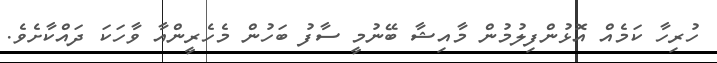
ހުރިހާ ކަމެއް އޮޅުންފިލުމުން މާއިޝާ ބޭނުމީ ސާފު ބަހުން މެހެރީންއާ ވާހަކަ ދައްކާށެވެ.